Plague in India, 1896, 1897 - Volume 3
Year: 1896
Disease focus: Plague
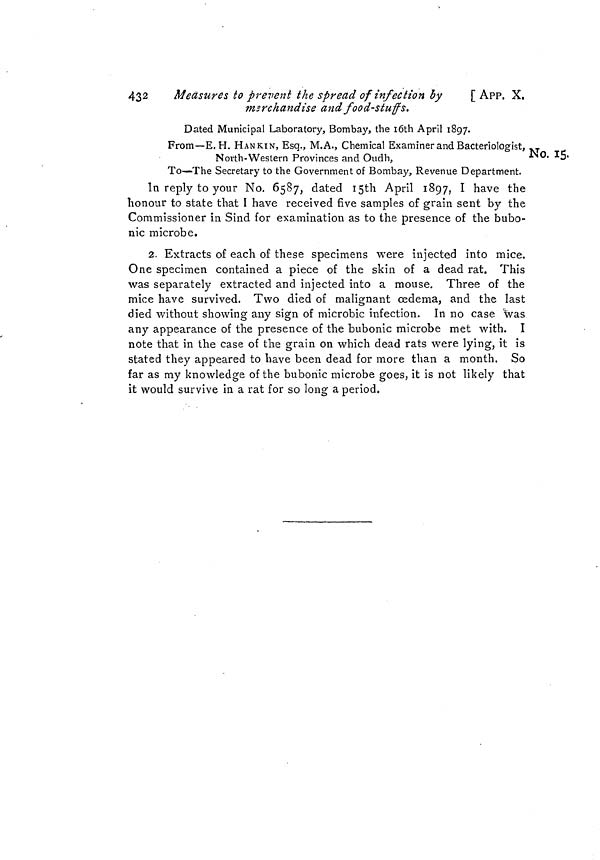
432
Measures to prevent the spread of infection by
[ APP. X.
merchandise and food-stuffs,
Dated Municipal Laboratory, Bombay, the loth April 1897.
No. 15.
From—E.H. HANKIN, Esq., M.A., Chemical Examiner and Bacteriologist,
North-Western Provinces and Oudh,
To—The Secretary to the Government of Bombay, Revenue Department.
In reply to your No. 6587, dated i5th April 1897, I have the
honour to state that I have received five samples of grain sent by the
Commissioner in Sind for examination as to the presence of the bubo-
nic microbe.
2. Extracts of each of these specimens were injected into mice.
One specimen contained a piece of the skin of a dead rat. This
was separately extracted and injected into a mouse. Three of the
mice have survived. Two died of malignant cedema, and the last
died without showing any sign of microbic infection. In no case was
any appearance of the presence of the bubonic microbe met with. I
note that in the case of the grain on which dead rats were lying, it is
stated they appeared to have been dead for more than a month. So
far as my knowledge of the bubonic microbe goes, it is not likely that
it would survive in a rat for so long a period.